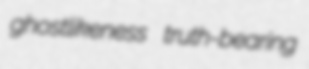
ghostlikeness truth-bearing